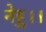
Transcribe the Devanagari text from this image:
नेहु।।